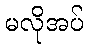
မလိုအပ်